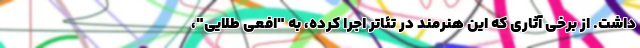
داشت. از برخی آثاری که این هنرمند در تئاتر اجرا کرده، به "افعی طلایی"،